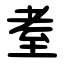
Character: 耊